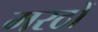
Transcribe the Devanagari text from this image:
मरठों